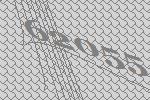
62055